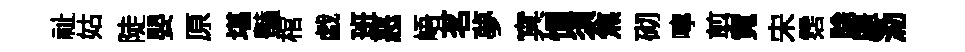
祉姑陡嬰原堪豔棺戯班恶峿茗夢㝠惆須焦砌嚀剪霓宋霑賖厓泐